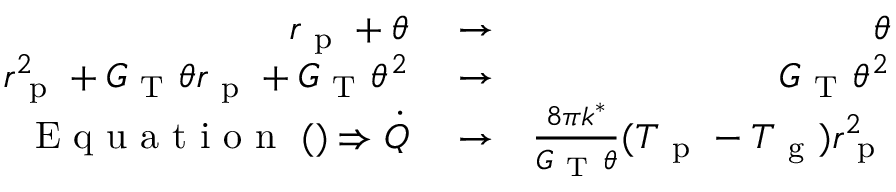
\begin{array} { r l r } { r _ { \mathrm { ~ p ~ } } + \theta } & { { } \rightarrow } & { \theta } \\ { r _ { \mathrm { ~ p ~ } } ^ { 2 } + G _ { \mathrm { ~ T ~ } } \theta r _ { \mathrm { ~ p ~ } } + G _ { \mathrm { ~ T ~ } } \theta ^ { 2 } } & { { } \rightarrow } & { G _ { \mathrm { ~ T ~ } } \theta ^ { 2 } } \\ { \mathrm { ~ E ~ q ~ u ~ a ~ t ~ i ~ o ~ n ~ } ~ ( ) \Rightarrow \dot { Q } } & { { } \rightarrow } & { \frac { 8 \pi k ^ { * } } { G _ { \mathrm { ~ T ~ } } \theta } ( T _ { \mathrm { ~ p ~ } } - T _ { \mathrm { ~ g ~ } } ) r _ { \mathrm { ~ p ~ } } ^ { 2 } } \end{array}